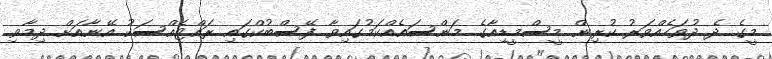
މީގެ ދެ ދުވަހެއްވަރު ކުރިން މީސްމީޑިއާގެ މަންސައެއްކަމުގައިވާ ފޭސްބުކްގައި ރައްޓެއްސަކު އޭނާއަށް ދިމާވި